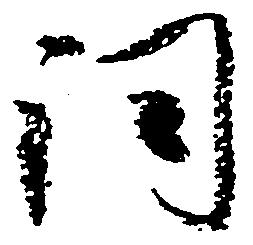
詞